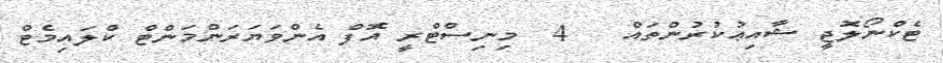
ޓެކްނޯލޮޖީ ޝާއިޢުކުރުންތައް   4  މިނިސްޓްރީ އޮފް އެންވަޔަރަންމަންޓް ކްލައިމެޓް